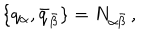
LaTeX: \{ q _ { \alpha } , \bar { q } _ { \bar { \beta } } \} = N _ { \alpha \bar { \beta } } \, ,